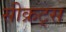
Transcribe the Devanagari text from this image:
सीक्रट्स